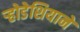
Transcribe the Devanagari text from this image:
र्‍होडेशियाने